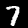
Label: 7